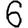
Digit: 6